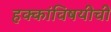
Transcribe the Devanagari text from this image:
हक्कांविषयीची